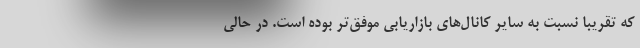
که تقریبا نسبت به سایر کانال‌های بازاریابی موفق‌تر بوده است. در حالی